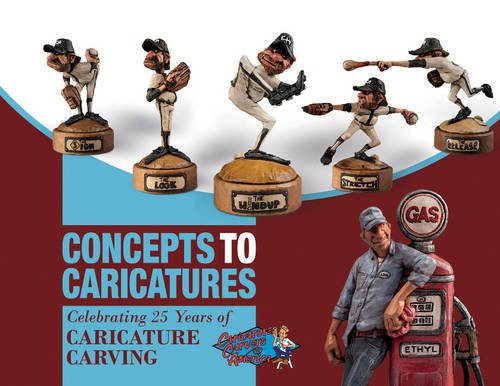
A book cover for Concepts to Caricatures: Celebrating 25 Years of Caricature Carving; The Caricature Carvers of America; Crafts, Hobbies & Home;